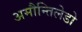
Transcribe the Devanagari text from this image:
अमौन्तिलेडो